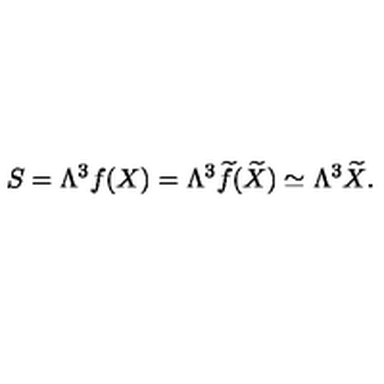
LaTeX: S = \Lambda ^ { 3 } f ( X ) = \Lambda ^ { 3 } { \widetilde f } ( { \widetilde X } ) \simeq \Lambda ^ { 3 } { \widetilde X } .